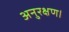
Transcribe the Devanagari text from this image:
अनुरक्षण।